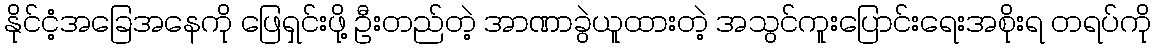
နိုင်ငံ့အခြေအနေကို ဖြေရှင်းဖို့ ဦးတည်တဲ့ အာဏာခွဲယူထားတဲ့ အသွင်ကူးပြောင်းရေးအစိုးရ တရပ်ကို